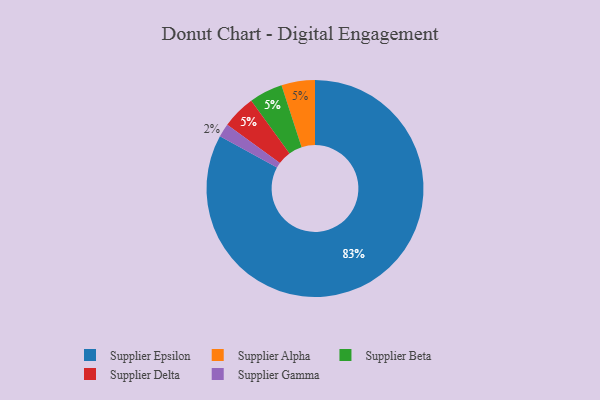
{"axis": {"x": "Category", "y": "Percentage"}, "legend": ["Supplier Alpha", "Supplier Beta", "Supplier Delta", "Supplier Epsilon", "Supplier Gamma"], "data": [{"x": "Supplier Epsilon", "y": 83, "type": "Supplier Epsilon"}, {"x": "Supplier Alpha", "y": 5, "type": "Supplier Alpha"}, {"x": "Supplier Gamma", "y": 2, "type": "Supplier Gamma"}, {"x": "Supplier Beta", "y": 5, "type": "Supplier Beta"}, {"x": "Supplier Delta", "y": 5, "type": "Supplier Delta"}]}